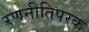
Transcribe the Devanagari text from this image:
रणनीतिपरक